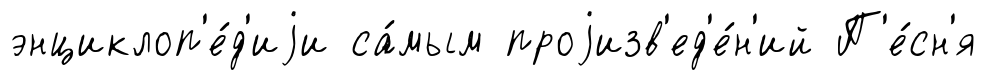
энциклоп'е́д'иjи са́мым проjизв'ед'е́н'ий П'е́сн'я